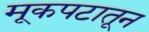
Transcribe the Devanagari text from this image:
मूकपटातून